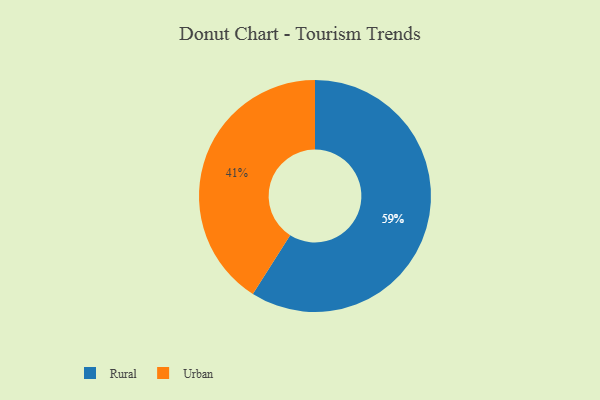
{"axis": {"x": "Category", "y": "Percentage"}, "legend": ["Rural", "Urban"], "data": [{"x": "Rural", "y": 59, "type": "Rural"}, {"x": "Urban", "y": 41, "type": "Urban"}]}